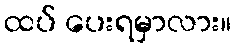
ထပ် ပေးရမှာလား။